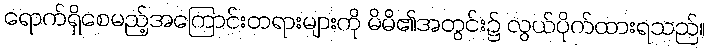
ရောက်ရှိစေမည့်အကြောင်းတရားများကို မိမိ၏အတွင်း၌ လွယ်ပိုက်ထားရသည်။